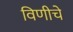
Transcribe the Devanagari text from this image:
विणीचे